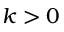
k > 0